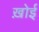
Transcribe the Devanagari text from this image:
ख़ोई